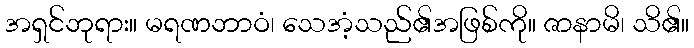
အရှင်ဘုရား။ မရဏဘာဝံ၊ သေအံ့သည်၏အဖြစ်ကို။ ဇာနာမိ၊ သိ၏။